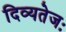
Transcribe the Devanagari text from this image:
दिव्यतेजः